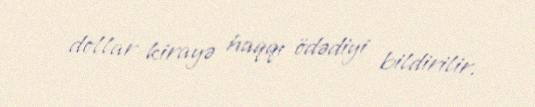
dollar kirayə haqqı ödədiyi bildirilir.